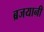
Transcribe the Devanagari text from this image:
ब्रजयानी